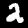
Digit: 2